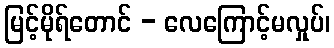
မြင့်မိုရ်တောင် - လေကြောင့်မလှုပ်၊